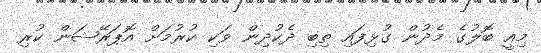
މިއީ ބޮލުގެ މެދުން ގުޅިފައި ތިބި ދެކުދިން ވަކި ކުރުމަށް އޮޕަރޭޝަން ކުރި